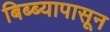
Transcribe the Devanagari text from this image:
बिब्ब्यापासून